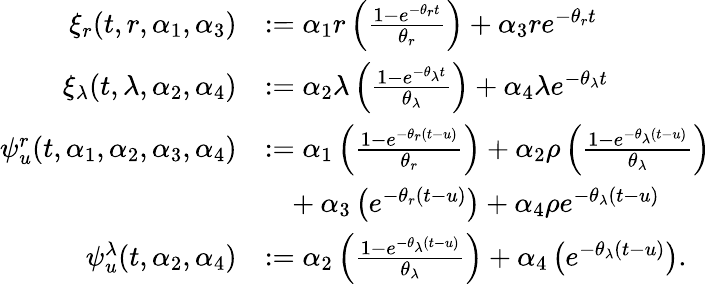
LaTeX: \begin{array}{rl}{\xi_{r}(t,r,\alpha_{1},\alpha_{3})}&{:=\alpha_{1}r\left(\frac{1-e^{-\theta_{r}t}}{\theta_{r}}\right)+\alpha_{3}re^{-\theta_{r}t}}\\ {\xi_{\lambda}(t,\lambda,\alpha_{2},\alpha_{4})}&{:=\alpha_{2}\lambda\left(\frac{1-e^{-\theta_{\lambda}t}}{\theta_{\lambda}}\right)+\alpha_{4}\lambda e^{-\theta_{\lambda}t}}\\ {\psi_{u}^{r}(t,\alpha_{1},\alpha_{2},\alpha_{3},\alpha_{4})}&{:=\alpha_{1}\left(\frac{1-e^{-\theta_{r}(t-u)}}{\theta_{r}}\right)+\alpha_{2}\rho\left(\frac{1-e^{-\theta_{\lambda}(t-u)}}{\theta_{\lambda}}\right)}\\ &{\ \ \ +\alpha_{3}\left(e^{-\theta_{r}(t-u)}\right)+\alpha_{4}\rho e^{-\theta_{\lambda}(t-u)}}\\ {\psi_{u}^{\lambda}(t,\alpha_{2},\alpha_{4})}&{:=\alpha_{2}\left(\frac{1-e^{-\theta_{\lambda}(t-u)}}{\theta_{\lambda}}\right)+\alpha_{4}\left(e^{-\theta_{\lambda}(t-u)}\right).}\end{array}